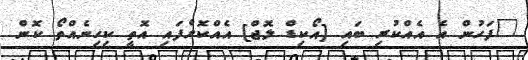
"ފަހުން އެ އެއްކުރި ބައި [އޯކިޑް ލޮޖް] އެއްކޮށްފައި އޮތީ ކިހިނެއްތޯ ކޮން